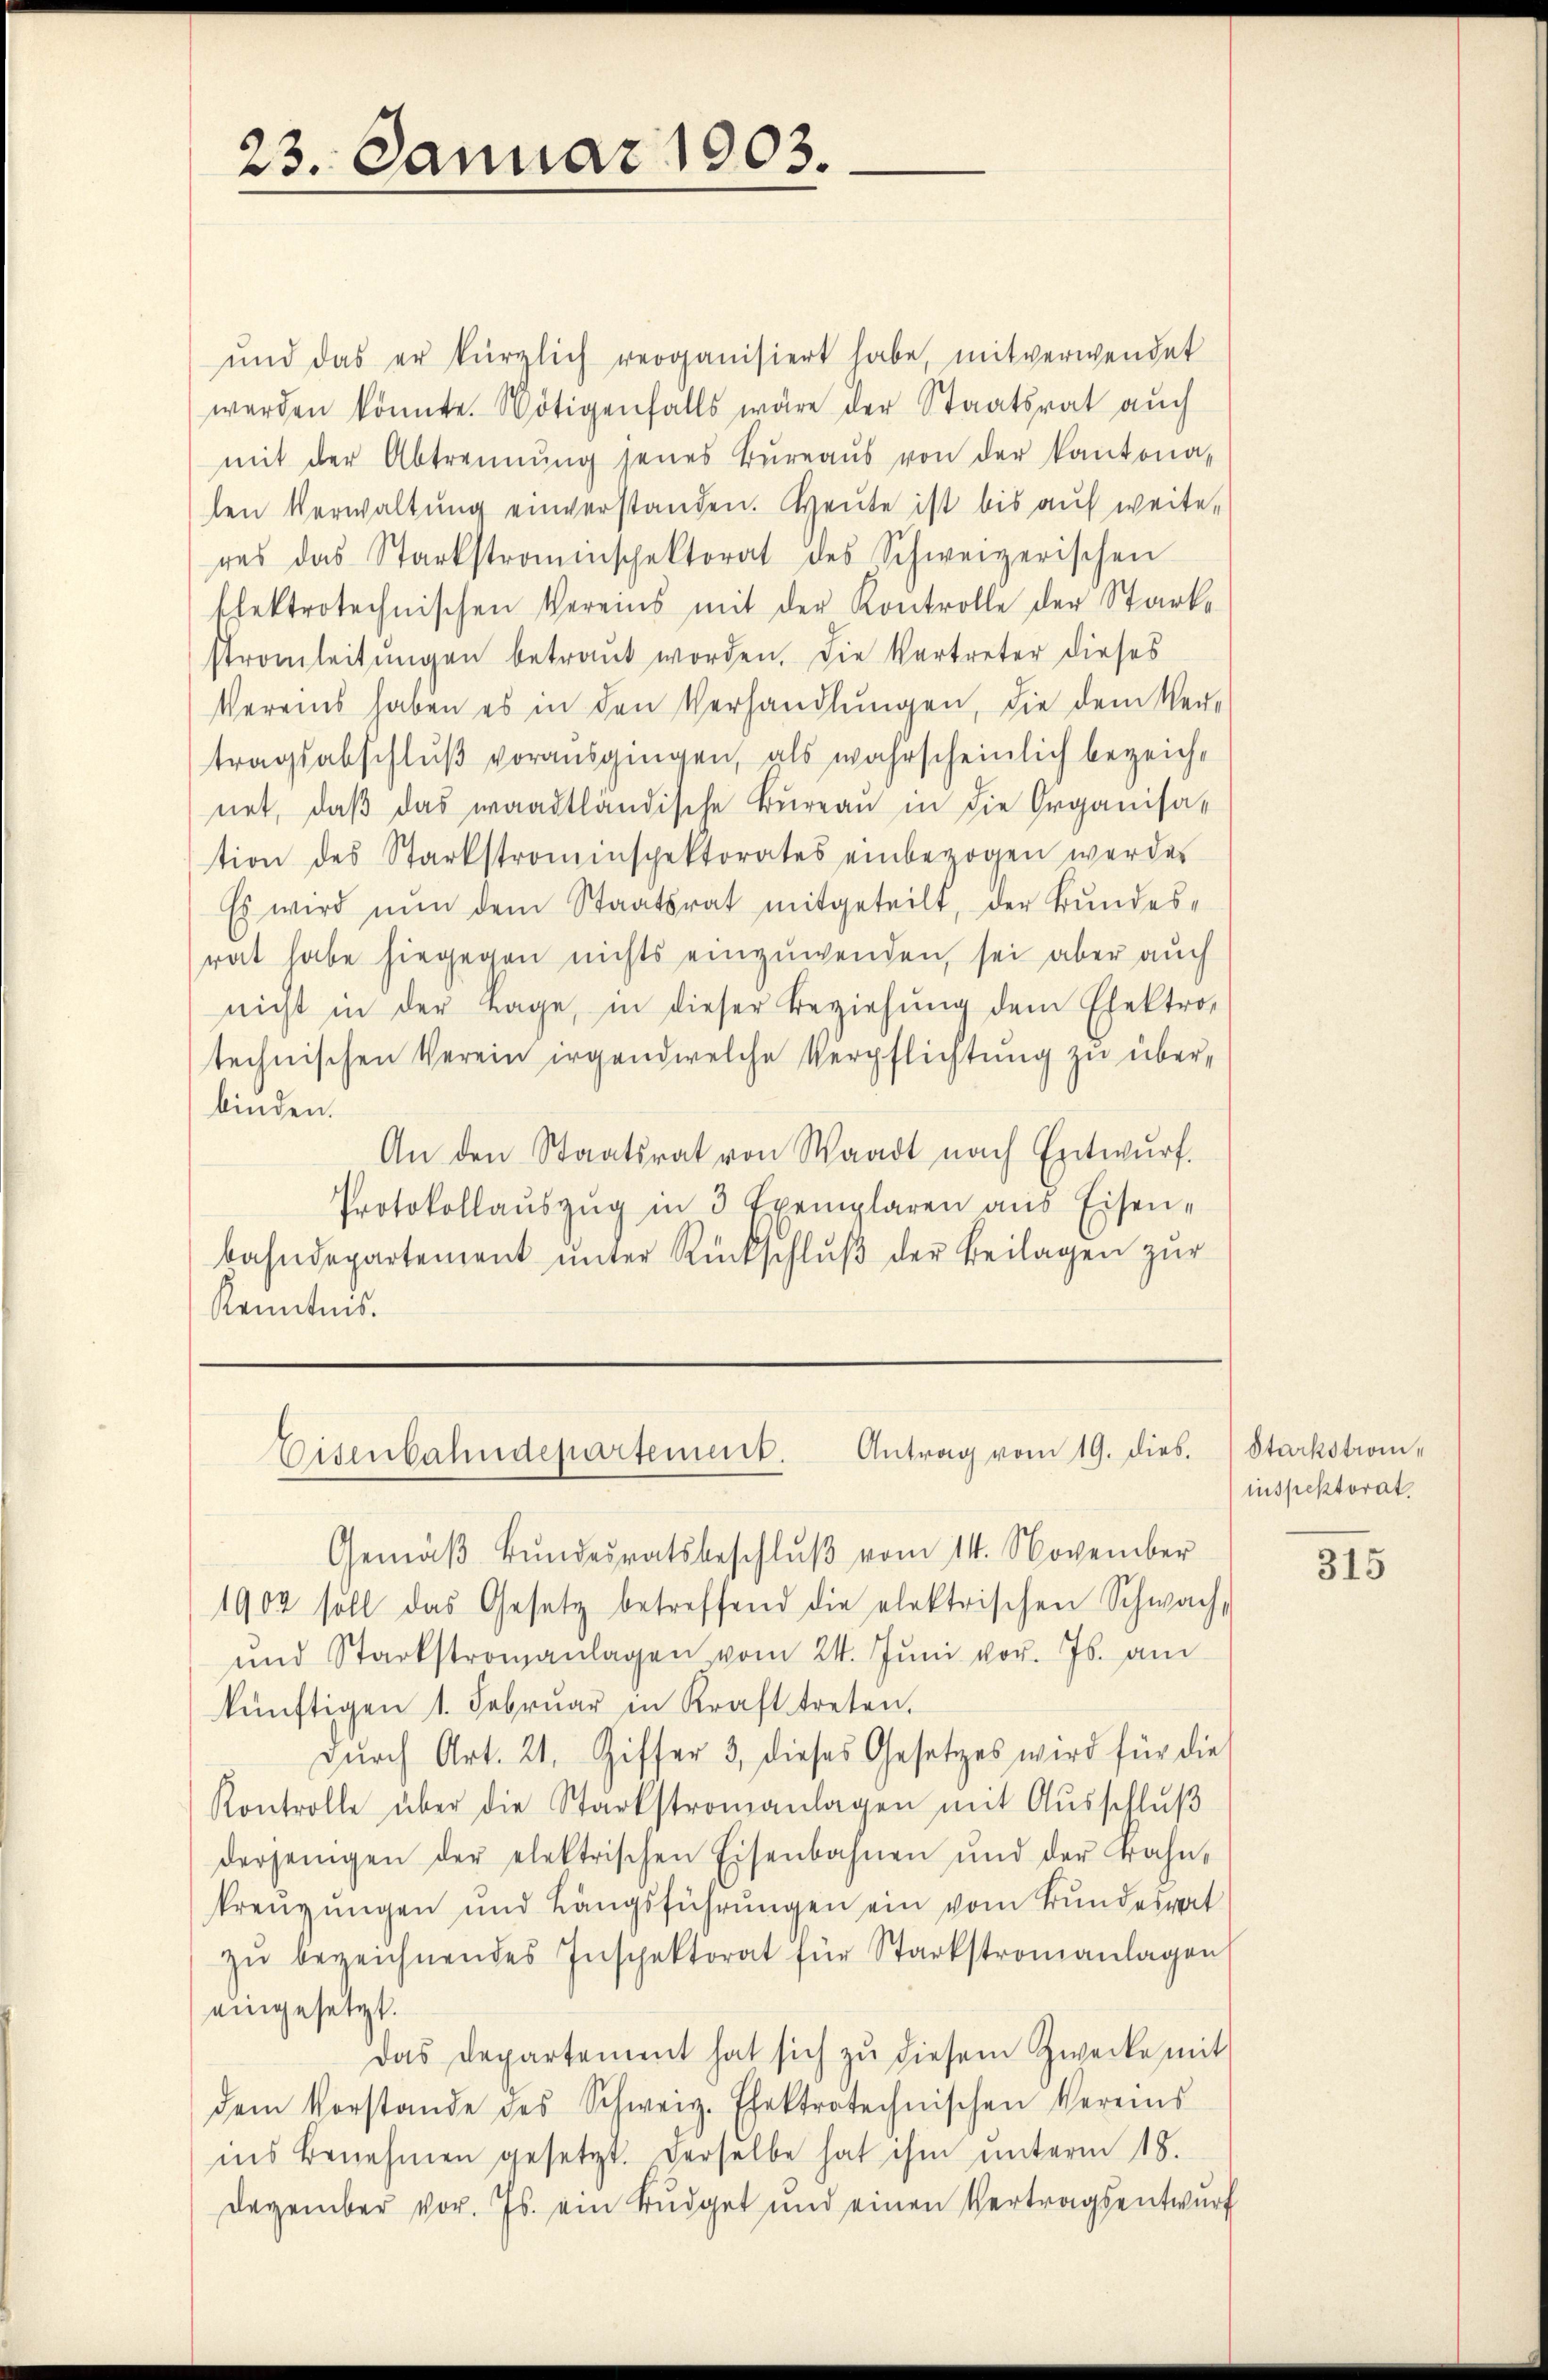
23. Januar 1903.

ŭnd das er kürzlich verganisiert habe, mitverwendet
werden könnte. Nötigenfalls wäre der Staatsrat auch
mit der Abtrennung jenes Büreaŭs von der Kantonalen Verwaltung einverstanden. Heute ist bis auf weiteres das Starkstrauischektorat des Schweizerischen
tlektrotechnischen Vereins mit der Kontrolle der Starke
stromleitŭngen betraut worden. Die Vertreter dieses
Vereins haben es in den Verhandlŭngen, die dem Ver-
tragsabschluß vorausgingen, als wahrscheinlich bezeichnet, daβ das waadtländische Büreaŭ in die Organisa-
tion des Starkstromenspektorates einbezogen werde.
Es wird nun dem Staatsrat mitgeteilt, der Bundes-
rat habe hiegegen nichts einzuwenden, sei aber auch
nicht in der Tage, in dieser Beziehŭng dem Elektro-
technischen Verein irgendwelche Verpflichtung zu überbinden.
An den Staatsrat von Waadt nach Entwŭrf.
Protokollaŭszŭg in 3 Exemplaren aus Eisen-
bahndepartement ŭnter Rückschlŭβ der Beilagen zŭr
Kenntnis.
Eisenbahndepartement. Antrag vom 19. dies.
Gemäβ Bŭndesratsbeschlŭβ vom 14. November
1902 soll das Gesetz betreffend die elektrischen Schwach-
und Starkstromanlagen vom 24. Jŭni vor. Js. am
künftigen 1. Februar in Kraft treten.
dŭrch Art. 21. Giffer 3. dieses Gesetzes wird für die
Kontrolle über die Starkstromanlagen mit Ausschlŭβ
derjenigen der elektrischen Eisenbahnen und der Bahn,
kreuzungen und Längsführŭngen ein vom Bundesrat
zŭ bezeichnendes Inspektorat für Starkstromanlagen,
eingesetzt.
Das Departement hat sich zŭ diesem Zwecke mit
dem Vorstande des Schweiz. Ehektrotechnischen Vereins
ins Benehmen gesetzt. Derselbe hat ihm unterm 18.
Dezember vor. Js. ein Bŭdget und einen Vertragsentwurf

Starkstrominspektorat.

315